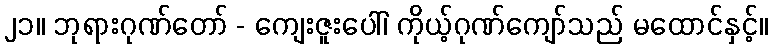
၂၁။ ဘုရားဂုဏ်တော် - ကျေးဇူးပေါ်၊ ကိုယ့်ဂုဏ်ကျော်သည် မထောင်နှင့်။